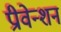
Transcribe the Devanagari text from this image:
प्रीवेन्शन